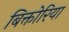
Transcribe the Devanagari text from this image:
बिक्तोरिया